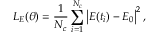
L _ { E } ( \theta ) = \frac { 1 } { N _ { c } } \sum _ { i = 1 } ^ { N _ { c } } \left| E ( t _ { i } ) - E _ { 0 } \right| ^ { 2 } ,